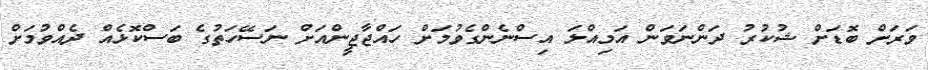
ވަރަށް ބޮޑަށް ޝުކުރު ދަންނަވަން އަމިއްލަ އިސްނެންގެވުމަށް ހައްޖާޖީންއަށް ނަސޭހަތުގެ ބަސްކޮޅެއް ދެއްވުމަށް